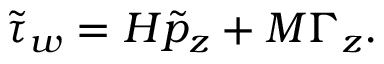
\tilde { \tau } _ { w } = H \tilde { p } _ { z } + M \Gamma _ { z } .